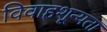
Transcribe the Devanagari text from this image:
विवाहशून्यता